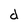
Character: d